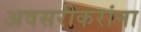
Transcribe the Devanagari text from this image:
अवसरीकरांना